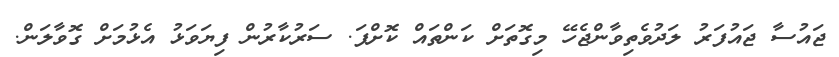
ޖައުސާ ޖައުފަރު ލަދުވެތިވާންޖެހޭ މިގޮތަށް ކަންތައް ކޮށްފަ. ސަރުކާރުން ފިޔަވަޅު އެޅުމަށް ގޮވާލަން.